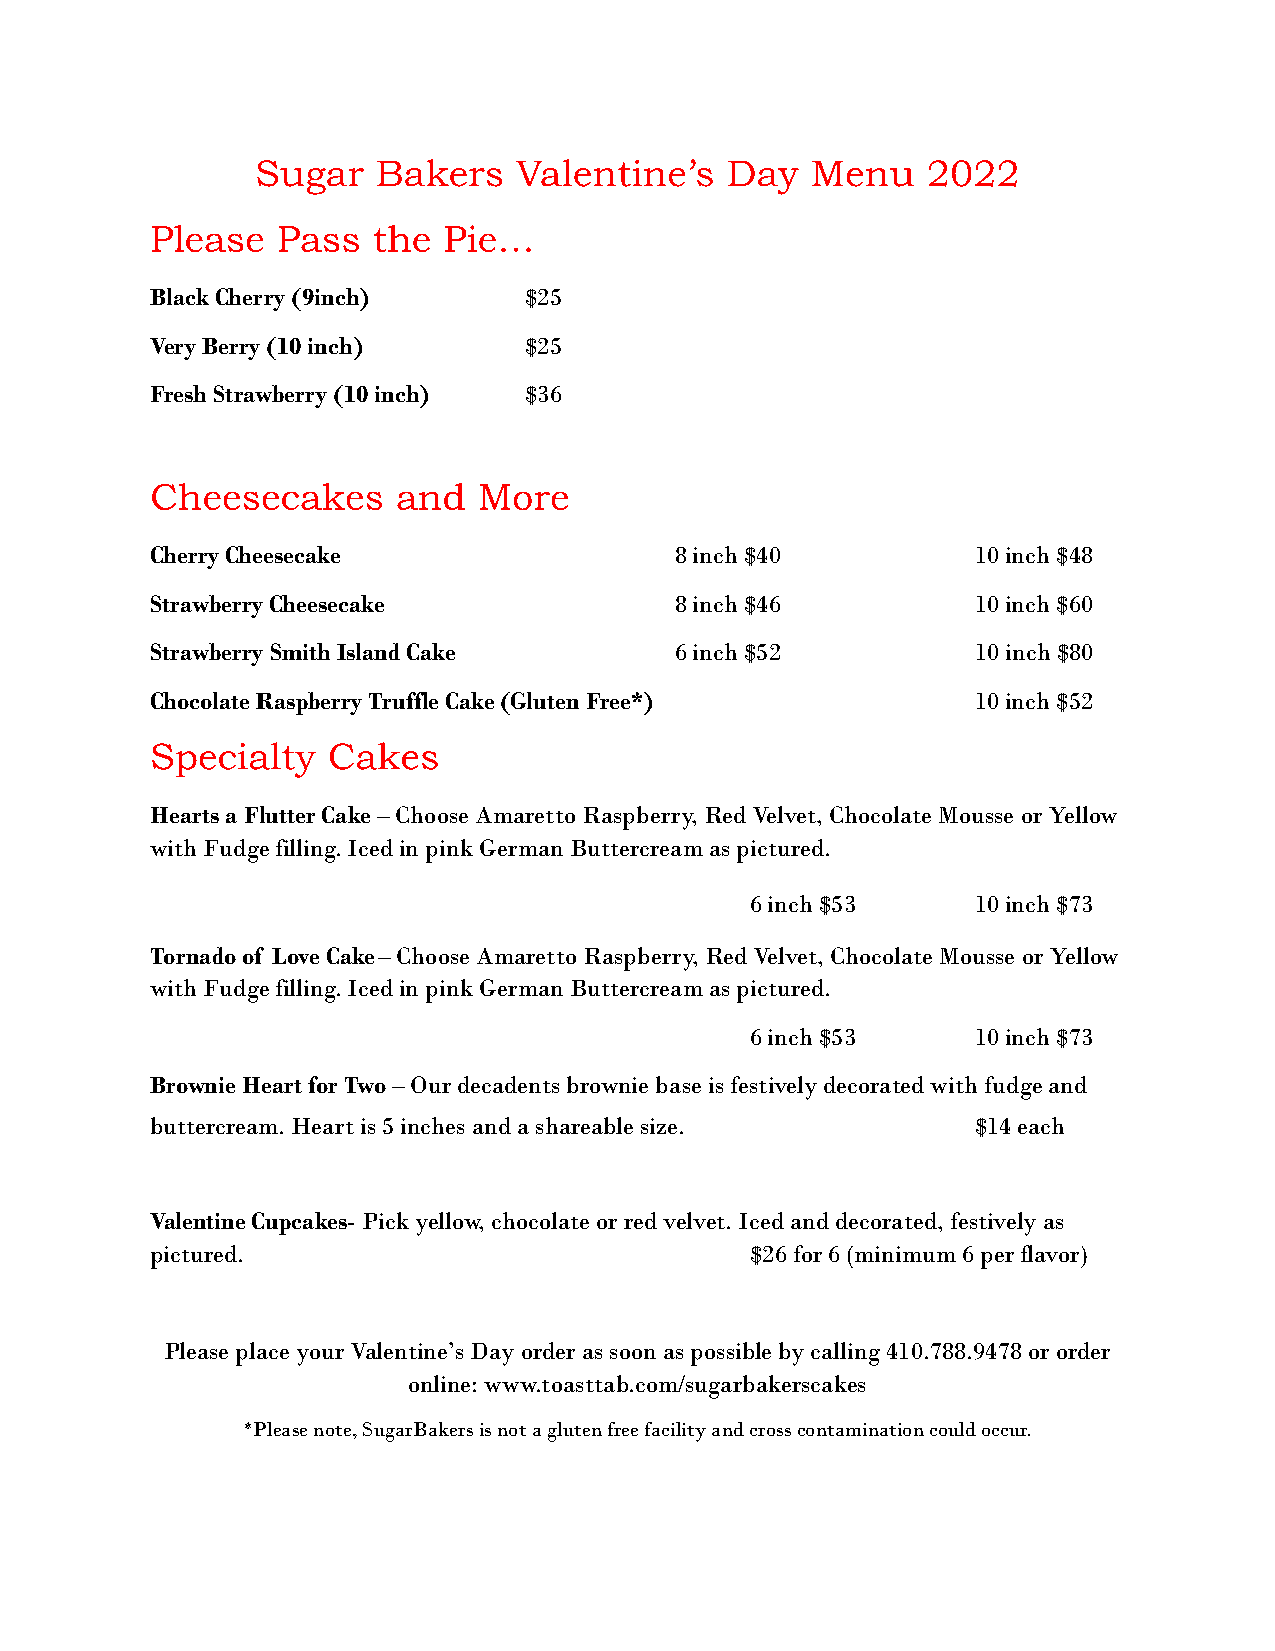
Sugar   Bakers   Valentine’s   Day   Menu   2022
 Please  Pass   the Pie…
 Black Cherry (9inch)     $25
 Very Berry (10 inch)     $25
 Fresh Strawberry (10 inch) $36
 Cheesecakes     and   More
 Cherry Cheesecake                  8 inch $40          10 inch $48
 Strawberry Cheesecake              8 inch $46          10 inch $60
 Strawberry Smith Island Cake       6 inch $52          10 inch$80
 Chocolate Raspberry Truffle Cake (Gluten Free*)        10 inch $52
 Specialty   Cakes
 Hearts a Flutter Cake– Choose Amaretto Raspberry,Red Velvet, Chocolate Mousse or Yellow
 with Fudge filling. Iced in pink German Buttercream as pictured.
 6 inch $53     10 inch $73
 Tornado of Love Cake– Choose Amaretto Raspberry,Red Velvet, Chocolate Mousse or Yellow
 with Fudge filling. Iced in pink German Buttercream as pictured.
 6 inch $53     10 inch $73
 Brownie Heart for Two– Our decadents brownie baseis festively decorated with fudge and
 buttercream. Heart is 5 inches and a shareable size.   $14 each
 Valentine Cupcakes- Pick yellow, chocolate or redvelvet. Iced and decorated, festively as
 pictured.                               $26 for 6 (minimum 6 per flavor)
 Please place your Valentine’s Day order as soon as possible by calling 410.788.9478 or order
 online: www.toasttab.com/sugarbakerscakes
 *Please note, SugarBakers is not a gluten free facility and cross contamination could occur.